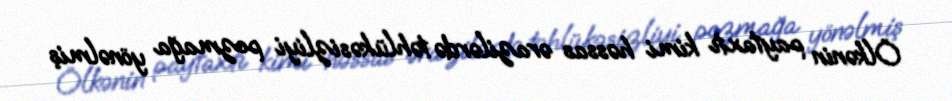
Ölkənin paytaxtı kimi həssas ərazilərdə təhlükəsizliyi pozmağa yönəlmiş